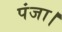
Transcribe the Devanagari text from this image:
पंजा।